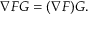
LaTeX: \nabla F G = ( \nabla F ) G .